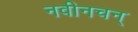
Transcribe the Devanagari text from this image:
नवीनचन्